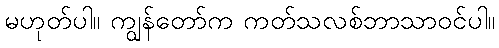
မဟုတ်ပါ။ ကျွန်တော်က ကတ်သလစ်ဘာသာဝင်ပါ။